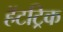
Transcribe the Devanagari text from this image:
हॅटट्रिक